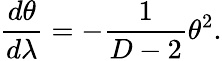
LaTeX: \frac{d\theta}{d\lambda}=-\frac{1}{D-2}\theta^{2}.